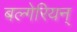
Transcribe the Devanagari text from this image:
बल्गेरियन्